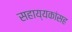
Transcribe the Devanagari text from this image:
सहाय्यकांसह